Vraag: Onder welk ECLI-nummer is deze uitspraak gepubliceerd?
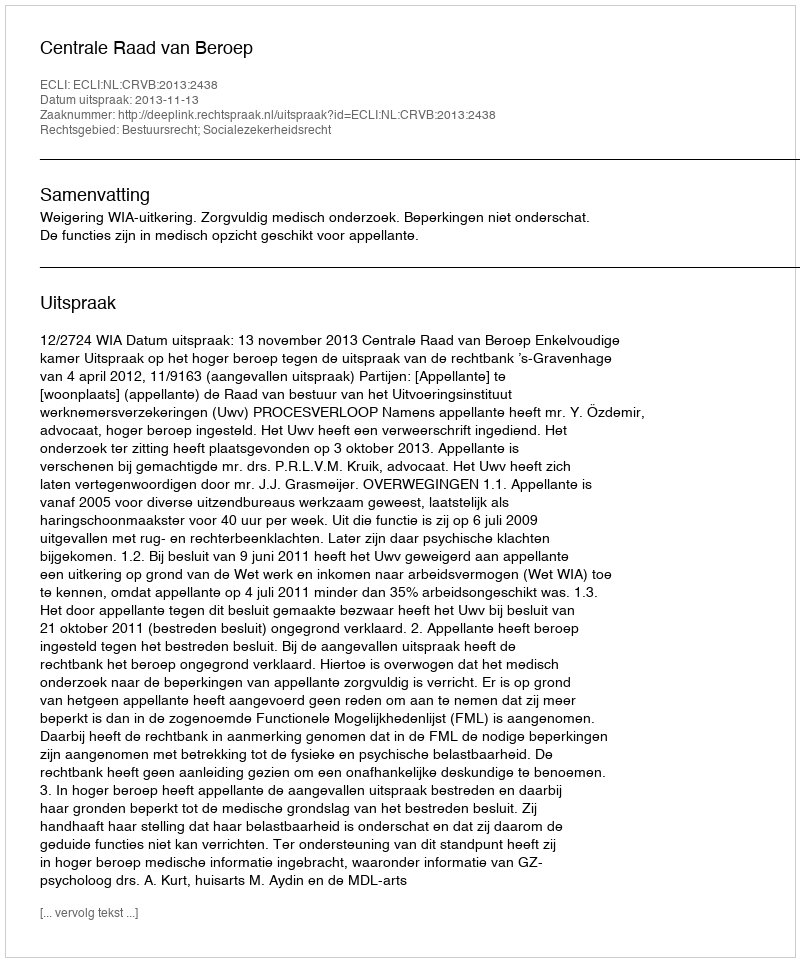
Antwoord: ECLI:NL:CRVB:2013:2438